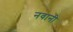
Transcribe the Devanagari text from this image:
नवानी